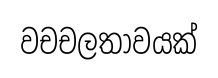
වචචලතාවයක්